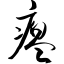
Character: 瘪